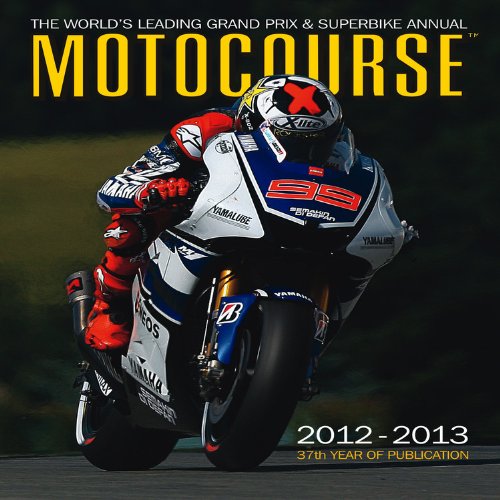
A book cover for Motocourse 2012-2013: The World's Leading Grand Prix & Superbike Annual; Sports & Outdoors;